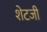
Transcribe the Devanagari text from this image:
शेटजी